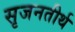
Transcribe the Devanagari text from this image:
सृजनतीर्थ